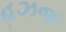
હઝજ